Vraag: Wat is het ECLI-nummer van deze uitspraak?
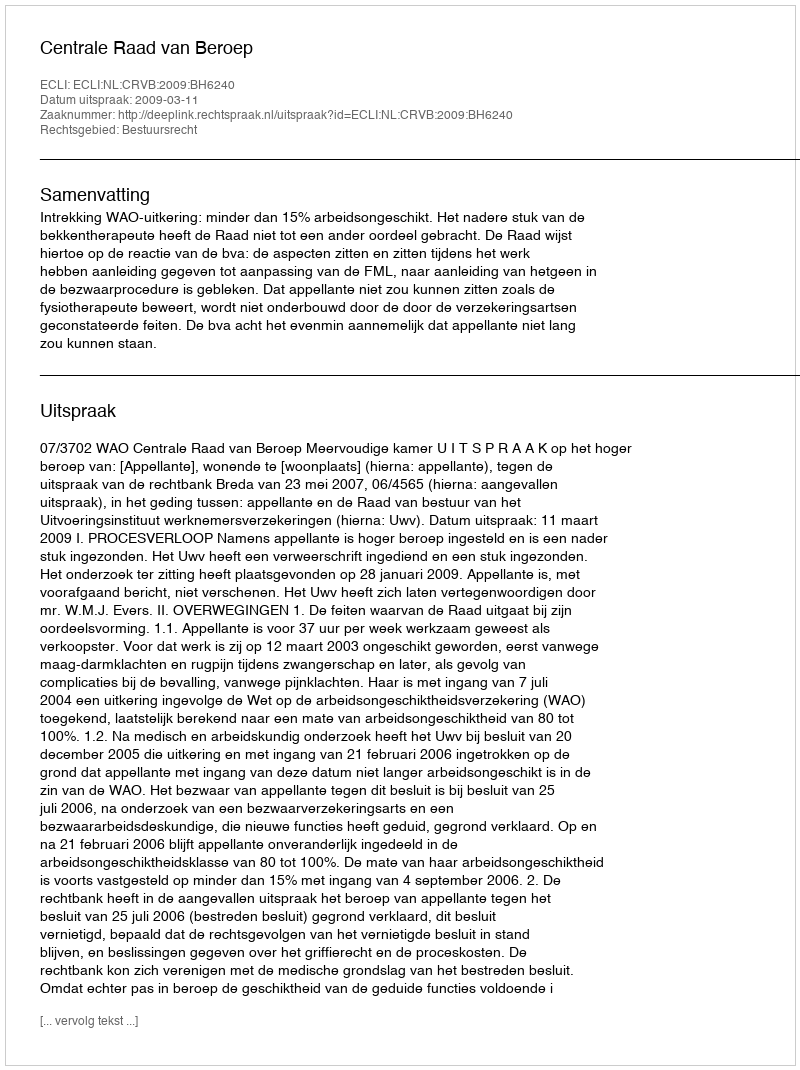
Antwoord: ECLI:NL:CRVB:2009:BH6240